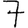
Digit: 7